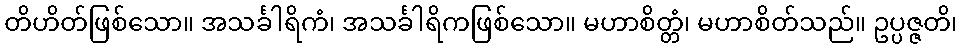
တိဟိတ်ဖြစ်သော။ အသင်္ခါရိကံ၊ အသင်္ခါရိကဖြစ်သော။ မဟာစိတ္တံ၊ မဟာစိတ်သည်။ ဥပ္ပဇ္ဇတိ၊